Lunatic asylums in Bengal annual reports 1888-1898 - 1888-1898
Year: 1888
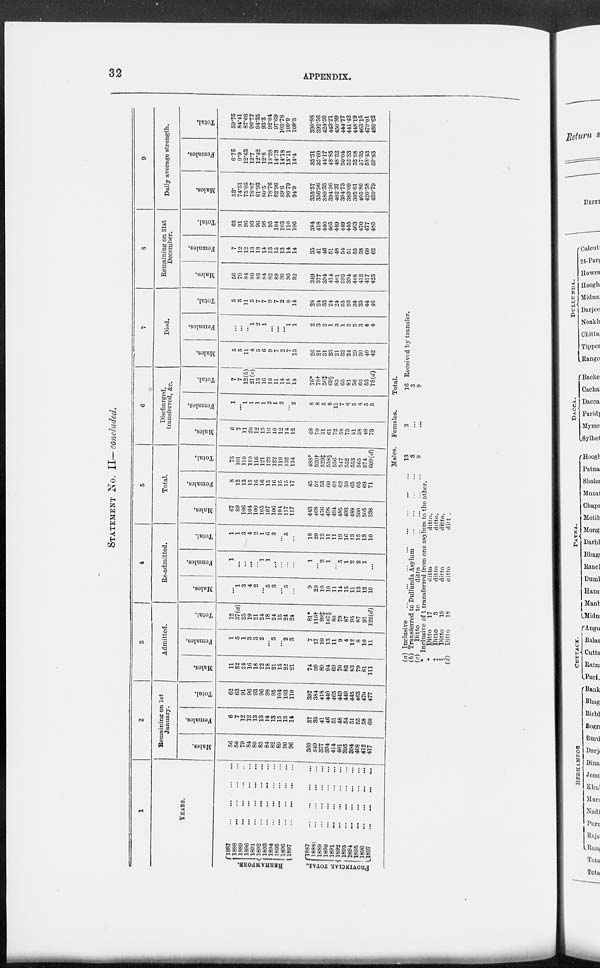
32
APPENDIX.
STATEMENT No. II— concluded.
1
YEARS.
BERHAMPORE.
PROVINCIAL TOTAL.
1887
...
...
...
...
1888
...
...
...
...
1889 ... ... ... ...
1890
...
...
...
...
1891
...
...
...
...
1892
...
...
...
...
1893 ... ... ... ...
1894
...
...
...
...
1895 ... ... ... ...
1896
...
...
...
...
1897
...
...
...
...
1887
...
...
...
...
1888
...
...
...
...
1889
...
...
...
...
1890
...
...
...
...
1891
...
...
...
...
1892
...
...
...
...
1893
...
...
...
...
1894 ... ... ... ...
1895 ... ... ... ...
1896
...
...
...
...
1897
...
...
...
...
2
Remaining on 1st
January.
Males.
56
56
79
84
80
83
84
82
89
90
96
360
349
377
394
414
401
395
394
408
412
417
Females.
6
7
12
12
13
13
14
13
15
13
14
37
35
41
46
51
48
54
51
55
58
60
Total.
62
63
91
96
93
96
98
95
104
103
110
397
384
418
440
465
449
449
445
463
470
477
3
Admitted.
Males.
11
32
24
16
18
22
18
21
15
22
21
74
99
89
94
69
70
83
83
79
81
111
Females.
1
5
1
3
3
2
...
3
...
2
3
7
17
10
13
11
9
4
12
8
10
11
Total.
12
37(a)
25
19
21
24
18
24
15
24
24
81*
116† 99‡
107§
80
79
87
95
87
91
122(d)
4
Re-admitted.
Males.
...
1
3
4
2
...
5
3
...
5
...
9
20
10
10
11
14
15
11
13
12
10
Females.
1
...
...
...
...
1
1
...
...
...
...
1
...
2
1
...
5
1
2
2
1
...
Total.
1
1
3
4
2
1
6
3
...
5
...
10
20
12
11
11
19
16
13
15
13
10
5
Total.
Males.
67
89
106
104
100
105
107
106
104
117
117
443
468
476
498
494
485
493
488
500
505
538
Females.
8
12
13
15
16
16
15
16
15
15
17
45
52
53
60
62
62
59
65
65
69
71
Total.
75
101
119
119
116
121
122
122
119
132
134
488*
520†
529‡
558§
556
547
552
553
565
574
609 (d)
6
Discharged,
transferred, &c.
Males.
6
7
11
20
12
15
16
10
12
14
12
68
70
51
61
72
58
75
51
58
48
73
Females.
1
...
1
1
1
1
2
1
2
...
2
8
8
5
8
11
7
6
5
4
5
5
Total.
7
7
12(b)
21(c)
13
16
18
11
14
14
14
76*
78†
56‡
69§
83
65
81
56
62 53
78(d)
7
Died.
Males.
5
3
11
4
5
6
9
7
2
7
13
26
21
31
23
21
32
24
29
30
40
42
Females.
...
...
...
1
2
1
...
...
...
1
1
2
3
2
1
3
1
2
5
3
4
4
Total.
5
3
11
5
7
7
9
7
2
8
11
28
24
33
24
24
33
26
34
33
44
46
8
Remaining on 31st
December.
Males.
56
79
84
80
83
84
82
89
90
96
92
349
377
394
414
401
395
394
408
412
417
423
Females.
7
12
12
13
13
14
13
15
13
14
14
35
41
46
51
48
54
51
55
58
60
62
Total.
63
91
96
93
96
98
95
104
103
110
106
384
418
440
465
449
449
445
463
470
477
485
9
Daily average strength.
Males.
53.
74.51
75.05
78.07
81.93
80.5
78.76
82.96
89.6
96.79
94.9
355.57
356.96
380.33
394.36
402.37
394.73
389.09
395.61
405.80
420.58
420.79
Females.
6.75
9.9
12.63
12.7
12.42
12.8
13.28
14.73
14.18
13.11
14.4
35.31
35.60
44.17
48.85
48.52
50.04
52.33
52.58
57.35
58.43
59.83
Total.
59.75
84.41
87.68
90.77
94.35
93.3
92.04
97.69
103.78
109.9
109.3
390.88
392.56
424.50
443.21
450.89
444.77
441.42
448.19
463.15
479.01
480.62
(a) Inclusive
...
...
...
...
...
...
...
...
(b) Transferred to Dullunda Asylum
...
...
...
...
(c)
Ditto
to
ditto
...
...
...
...
* Inclusive of 1 transferred from one asylum to the other.
†
Ditto
17
ditto
ditto.
‡
Ditto
3
ditto
ditto.
§
Ditto
19
ditto
ditto.
(d)
Ditto
18
ditto
ditto.
Males.
13
3
9
Females.
3
...
...
Total.
16
3
9
Received by transfer.